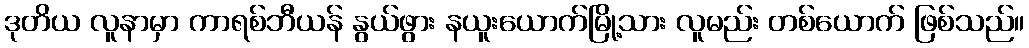
ဒုတိယ လူနာမှာ ကာရစ်ဘီယန် နွယ်ဖွား နယူးယောက်မြို့သား လူမည်း တစ်ယောက် ဖြစ်သည်။